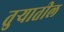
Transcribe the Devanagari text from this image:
तुर्‍यातील